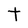
Character: t